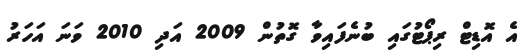
އެ އޮޑިޓް ރިޕޯޓުގައި ބުނެފައިވާ ގޮތުން 2009 އަދި 2010 ވަނަ އަހަރު